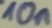
Text: 10n